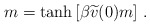
\begin{align*}m=\tanh \left[ \beta\widetilde{v}(0)m\right]\, .\end{align*}